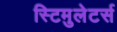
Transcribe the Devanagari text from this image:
स्टिमुलेटर्स